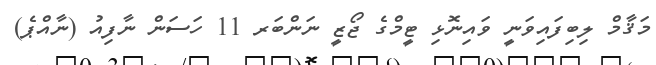
މަޤާމް ލިބިފައިވަނީ ވައިނޮޅި ޓީމްގެ ޖޯޒީ ނަންބަރ 11 ހަސަން ނާފިއު (ނާއްޕެ)